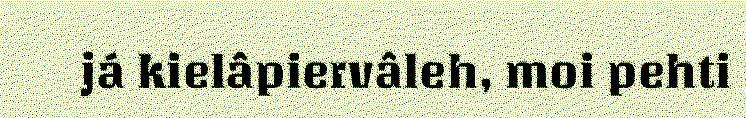
já kielâpiervâleh, moi pehti